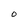
Character: O